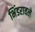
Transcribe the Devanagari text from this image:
भिंडरावले